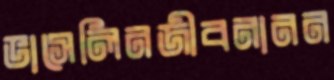
ভাসেলিনজীবনানন